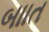
બાાત